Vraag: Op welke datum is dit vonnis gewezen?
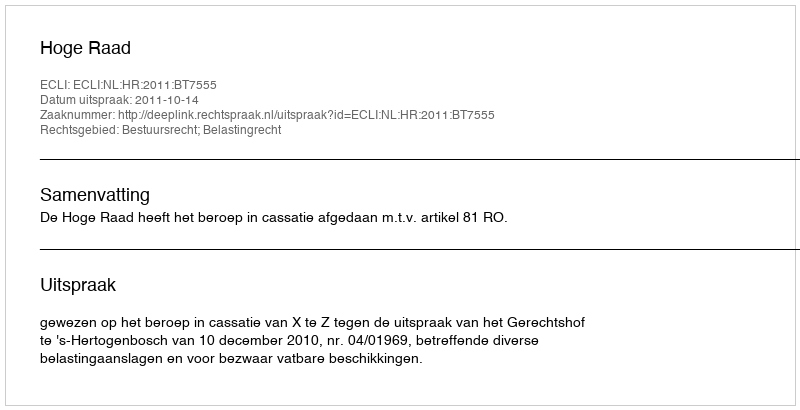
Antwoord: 2011-10-14